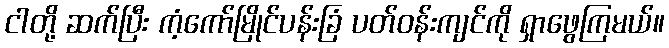
ငါတို့ ဆက်ပြီး ကံ့ကော်မြိုင်ပန်းခြံ ပတ်ဝန်းကျင်ကို ရှာဖွေကြမယ်။